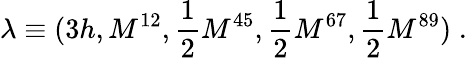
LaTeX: \lambda\equiv(3h,M^{12},{\frac{1}{2}}M^{45},{\frac{1}{2}}M^{67},{\frac{1}{2}}M^{89})\; .